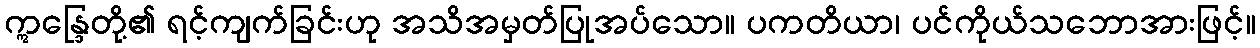
ဣန္ဒြေတို့၏ ရင့်ကျက်ခြင်းဟု အသိအမှတ်ပြုအပ်သော။ ပကတိယာ၊ ပင်ကိုယ်သဘောအားဖြင့်။